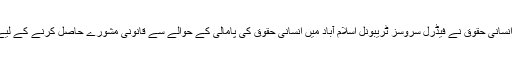
وزارت قانون وانصاف اور انسانی حقوق نے فیڈرل سروسز ٹریبونل اسلام آباد میں انسانی حقوق کی پامالی کے حوالے سے قانونی مشورے حاصل کرنے کے لیے ایک ہیلپ لائن بنائی ہے ۔